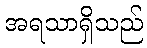
အရသာရှိသည်